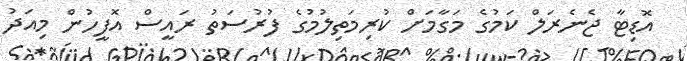
އޮޑިޓާ ޖެނެރަލް ކަމުގެ މަގާމަށް ކުރިމަތިލުމުގެ ފުރުސަތު ރައީސް އޮފީހުން މިއަދު